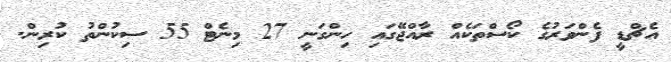
އެޗްޑީ ފެންވަރުގެ ކޯސްތަކެއް ރާއްޖޭގައި ހިންގަނީ 27 މިނެޓް 55 ސިކުންތު ކުރިން.